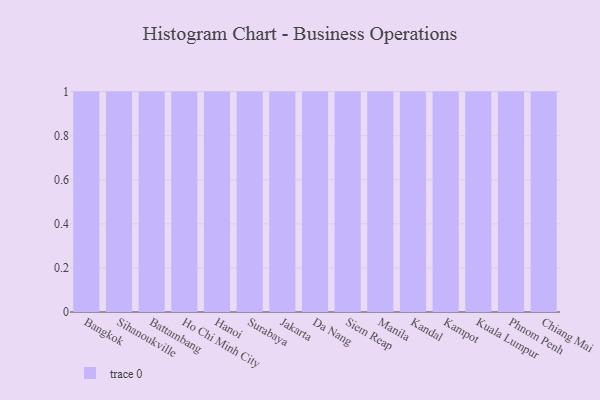
{"axis": {"x": "City", "y": "Gross Profit (USD K)"}, "legend": [""], "data": [{"x": "Bangkok", "y": 75, "type": ""}, {"x": "Sihanoukville", "y": 37, "type": ""}, {"x": "Battambang", "y": 78, "type": ""}, {"x": "Ho Chi Minh City", "y": 73, "type": ""}, {"x": "Hanoi", "y": 96, "type": ""}, {"x": "Surabaya", "y": 87, "type": ""}, {"x": "Jakarta", "y": 97, "type": ""}, {"x": "Da Nang", "y": 50, "type": ""}, {"x": "Siem Reap", "y": 5, "type": ""}, {"x": "Manila", "y": 75, "type": ""}, {"x": "Kandal", "y": 27, "type": ""}, {"x": "Kampot", "y": 11, "type": ""}, {"x": "Kuala Lumpur", "y": 52, "type": ""}, {"x": "Phnom Penh", "y": 72, "type": ""}, {"x": "Chiang Mai", "y": 69, "type": ""}]}